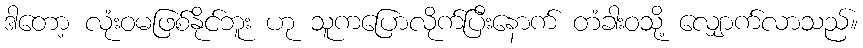
ဒါတော့ လုံးဝမဖြစ်နိုင်ဘူး ဟု သူကပြောလိုက်ပြီးနောက် တံခါးဝသို့ လျှောက်လာသည်။